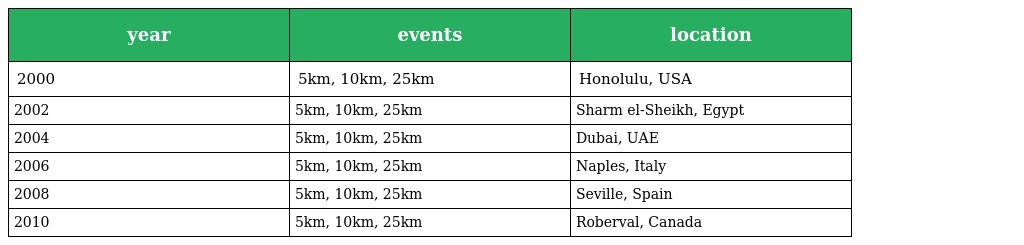
| year | events | location |
 | --- | --- | --- |
 | 2000 | 5km, 10km, 25km | Honolulu, USA |
 | 2002 | 5km, 10km, 25km | Sharm el-Sheikh, Egypt |
 | 2004 | 5km, 10km, 25km | Dubai, UAE |
 | 2006 | 5km, 10km, 25km | Naples, Italy |
 | 2008 | 5km, 10km, 25km | Seville, Spain |
 | 2010 | 5km, 10km, 25km | Roberval, Canada |